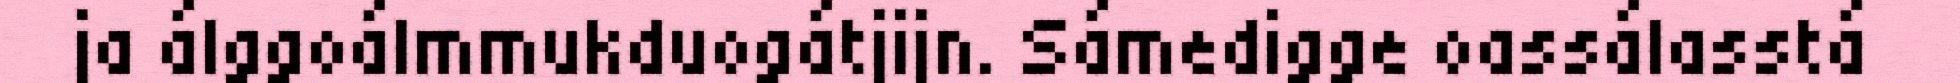
ja álggoálmmukduogátjijn. Sámedigge oassálasstá